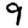
Digit: 9